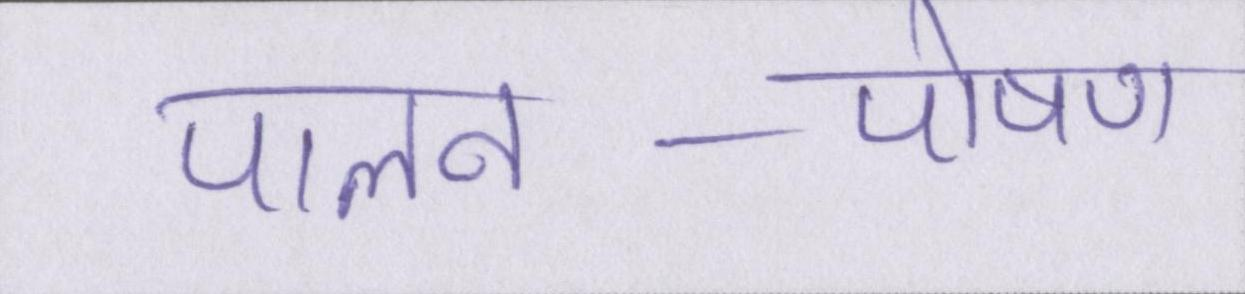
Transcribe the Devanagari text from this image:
पालन-पोषण